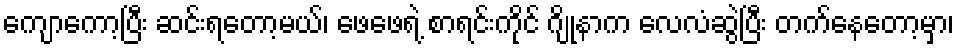
ကျောကော့ပြီး ဆင်းရတော့မယ်၊ ဖေဖေရဲ့ စာရင်းကိုင် ဂျိုနာက လေလံဆွဲပြီး တက်နေတော့မှာ၊